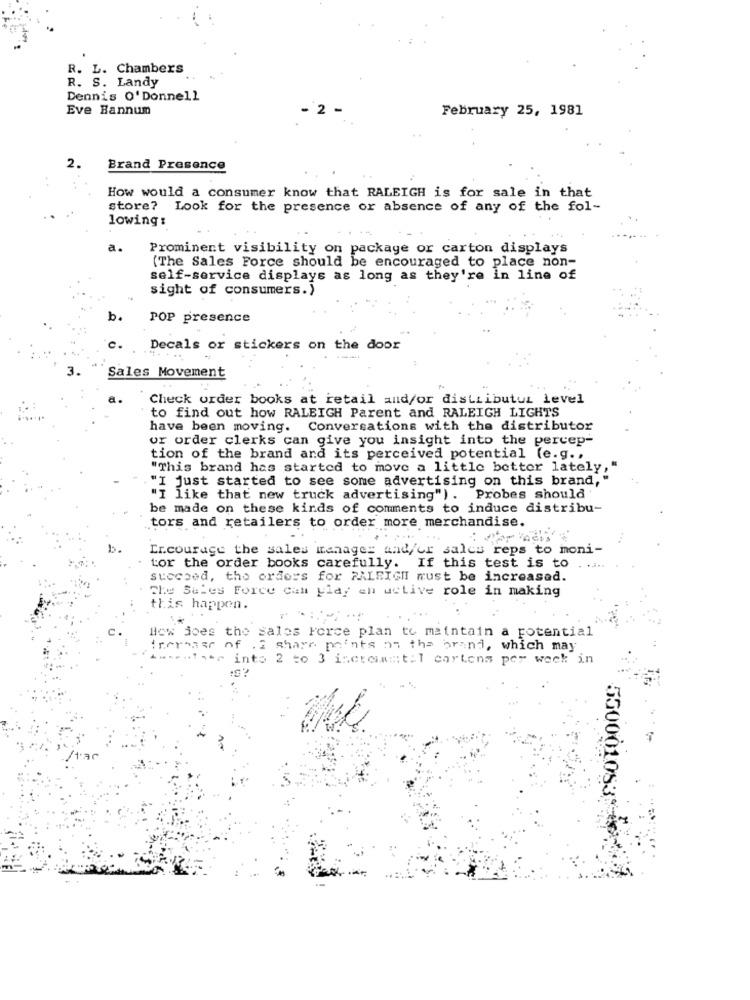
R. L. Chambers
R. S. Landy
Dennis O' Donnell
Eve Bannum
- 2 -
February 25, 1981
Brand Presence
How would a consumer know that RALEIGH is for sale in that
store? Look for the presence or absence of any of the fol-
lowing :
a.
Prominent visibility on package or carton displays
(The Sales Force should be encouraged to place non-
self-service displays as long as they're in line of
sight of consumers.)
b.
POP presence
Decals or stickers on the door
Sales Movement
Check order books at retail and/or distributut level
to find out how RALEIGH Parent and RALEIGH LIGHTS
have been moving. Conversations with the distributor
or order clerks can give you insight into the percep-
tion of the brand and its perceived potential (e.g .,
"This brand has started to move a little better lately,"
"I just started to see some advertising on this brand,
"I like that new truck advertising") . Probes should
be made on these kinds of comments to induce distribu-
tors and retailers to order more merchandise.
...
Incourage the sales manager and/or sales reps to moni-
tor the order books carefully. If this test is to
succeed, the orders for RALEIGH must be increased.
The Sales Force cam ylay an active role in making
this happen.
... .
How does the sales Force plan to maintain a potential
trorease of . I share points on the brand, which may
r into 2 to 3 iscteimit:1 cartons per week in
:S?
550001083